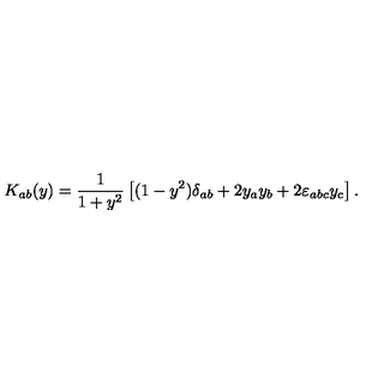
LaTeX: K _ { a b } ( y ) = \frac 1 { 1 + y ^ { 2 } } \left[ ( 1 - y ^ { 2 } ) \delta _ { a b } + 2 y _ { a } y _ { b } + 2 \varepsilon _ { a b c } y _ { c } \right] .